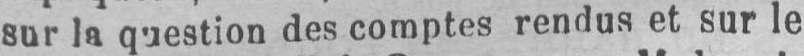
sur la question des comptes rendus et sur le